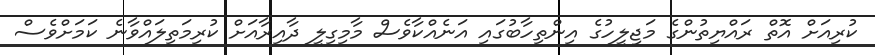
ކުރިއަށް އޮތް ރައްޔިތުންގެ މަޖިލީހުގެ އިންތިހާބުގައި އަނެއްކާވެސް މާމިގިލީ ދާއިރާއަށް ކުރިމަތިލައްވާނެ ކަމަށްވެސް